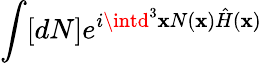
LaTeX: \int[dN]e^{i\intd^{3}\mathbf{x}N(\mathbf{x}){\hat{{H}}}(\mathbf{x})}